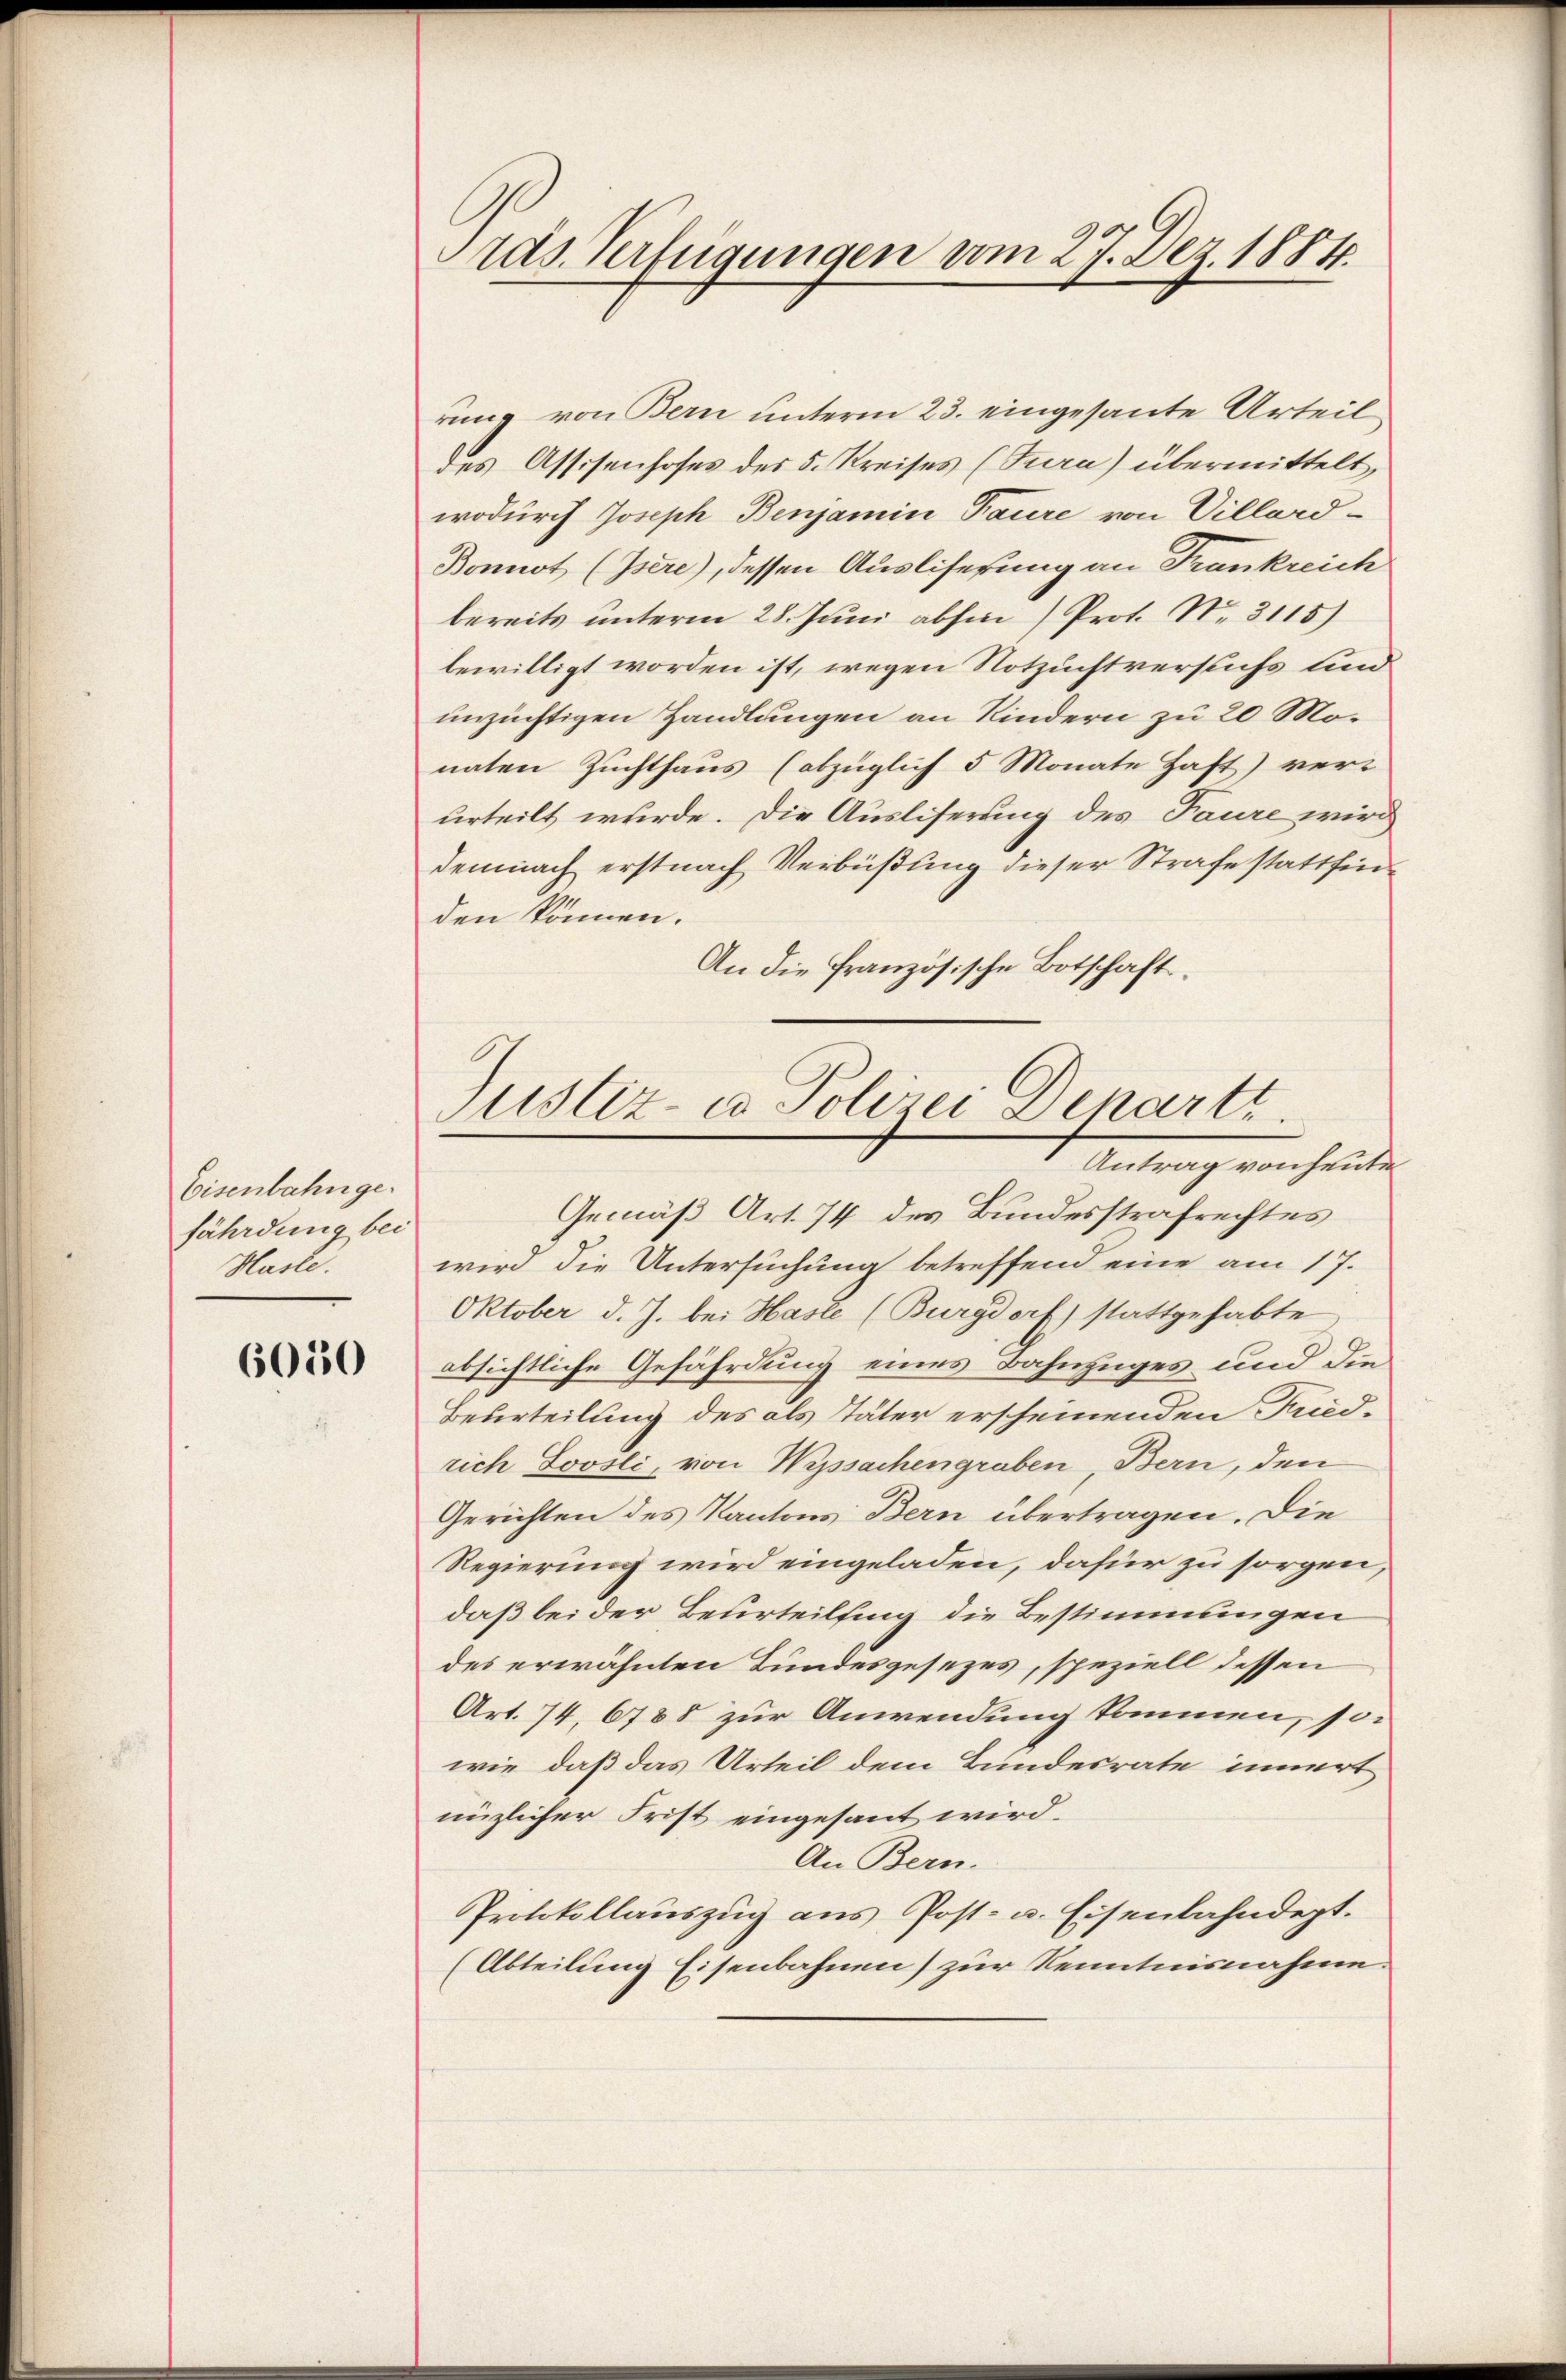
Eisenbahnge-
fährdung bei
Hasle.

6050

Aras Verfügungen vom 27. Dez. 1884.

rung von Bern unterm 23. eingesante Urteil
des Assisenhofes des 5. Kreises (Tura) übermittelt,
wodurch Joseph Benjamin Baure von Villard-
Bonnot (Isere), dessen Ausliserung an Frankreich
bereits unterm 28. Juni abhin Prot. N. 3115)
bewilligt worden ist, wegen Notzuchtversuchs und
unzüchtigen Handlungen an Kindern zu 20 Monaten Zuchthaus (abzüglich 5 Monate Haft) ver-
urteilt wurde. Die Ausliserung des Faure wird
demnach erstnach Verbüßung dieser Strafe stattfinden können.
An die französische Botschafts¬

Justiz- u. Polizei Denarti
Antrag von heute

Gemäß Art. 74 des Bundesstrafrechtes
wird die Untersuchung betreffend eine am 17.
Oktober d. J. bei Hasle (Burgdorf) stattgehabte
absichtliche Gefährdung eines Bahnzuges und die
Beurteilung des als Täter erscheinenden Friedrich Joosli, von Wyssachengraben, Bern, den
Gerichten des Kantons Bern übertragen. Die
Regierung wird eingeladen, dafür zu sorgen,
daß bei der Beurteilfing die Bestimmungen
des erwähnten Bundesgesezes, speziell dessen
Art. 74, 6788 zur Anwendung kommen, so
wie, daß das Urteil dem Bundesrate innert
nüzlicher Frist eingesant wird.
An Bern.
Protokollauszug aus Post- u. Eisenbahndept.
(Abteilung Eisenbahnen) zur Kenntnisnahme.